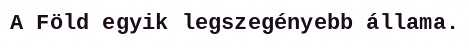
A Föld egyik legszegényebb állama.